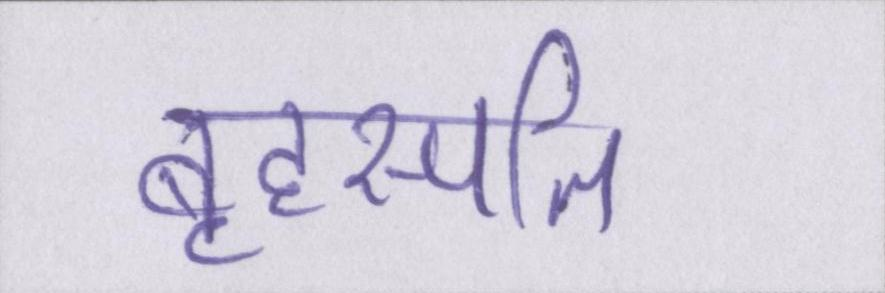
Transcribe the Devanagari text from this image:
बृहस्पति